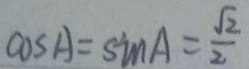
\cos A = \sin A = \frac { \sqrt { 2 } } { 2 }